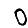
Digit: 0